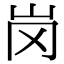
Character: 岗